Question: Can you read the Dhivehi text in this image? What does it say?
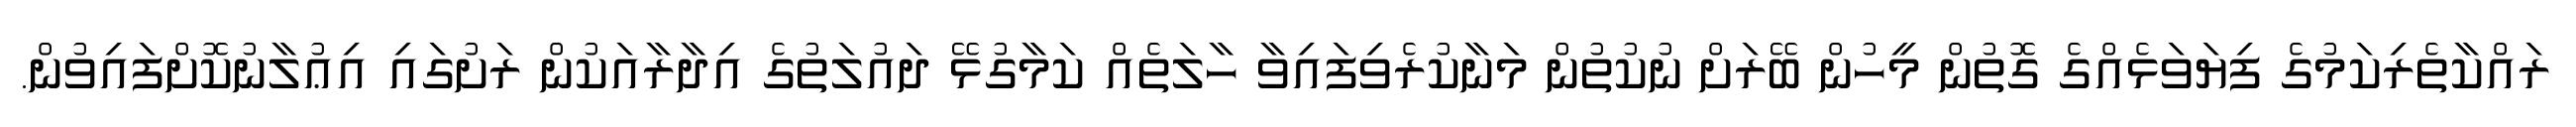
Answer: ރައްކާތެރިކަމުގެ ފިޔަވަޅެއްގެ ގޮތުން މީހުން ބޭރަށް ނުކުތުން މަނާކުރެވިފައިވާ ހާލަތެއް ކަމާގުޅޭ ދައުލަތުގެ އިދާރާއަކުން ރަށުގައި އިޢުލާނުކޮށްފައިވުން.